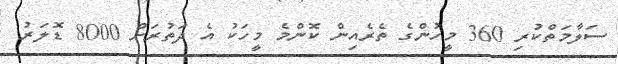
ސަލާމަތްކުރި 360 މީހުންގެ ތެރެއިން ކޮންމެ މީހަކު އެ ދަތުރަށް 8000 ޑޮލަރު